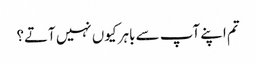
تم اپنے آپ سے باہر کیوں نہیں آتے؟